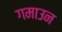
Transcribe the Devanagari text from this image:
गमाउन